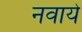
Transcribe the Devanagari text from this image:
नवाये